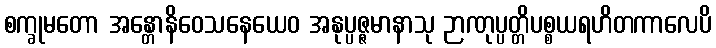
စက္ခုမတော အန္တောနိဝေသနေယေဝ အနုပ္ပဇ္ဇမာနာသု ဉာဏုပ္ပတ္တိပစ္စယရဟိတကာလေပိ